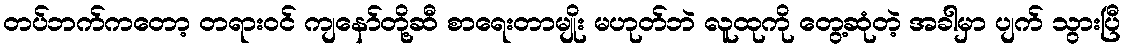
တပ်ဘက်ကတော့ တရားဝင် ကျနော်တို့ဆီ စာရေးတာမျိုး မဟုတ်ဘဲ လူထုကို တွေ့ဆုံတဲ့ အခါမှာ ပျက် သွားပြီ